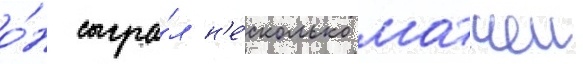
о́н сыгра́л н'е́сколько матчеи